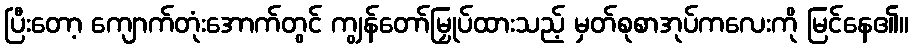
ပြီးတော့ ကျောက်တုံးအောက်တွင် ကျွန်တော်မြှုပ်ထားသည့် မှတ်စုစာအုပ်ကလေးကို မြင်နေ၏။